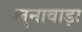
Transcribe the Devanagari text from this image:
लुनावाड़ा